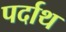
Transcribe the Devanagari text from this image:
पर्दाथ